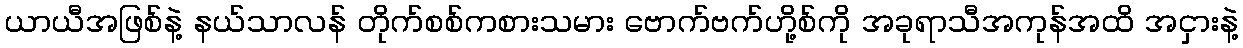
ယာယီအဖြစ်နဲ့ နယ်သာလန် တိုက်စစ်ကစားသမား ဗောက်ဗက်ဟို့စ်ကို အခုရာသီအကုန်အထိ အငှားနဲ့